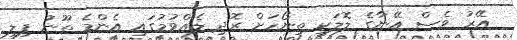
އޭރު ވެސް އޭނާގެ ލޮލަކީ ތިނޯހަށް ރޮދި ލެއްވުމުގައި އެންމެ ތޫނު ފިލި